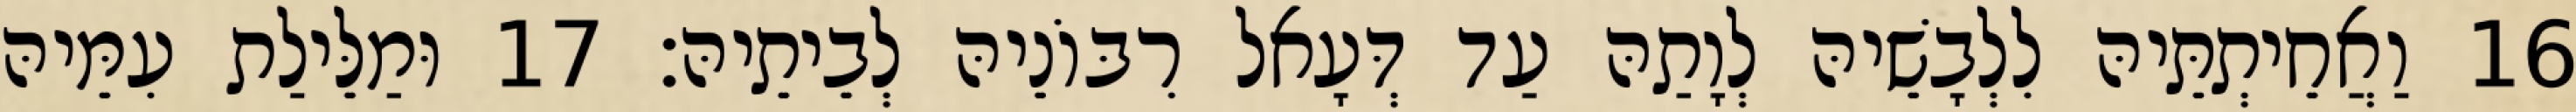
16 וַאֲחֵיתְתֵּיהּ לִלְבָשֵׁיהּ לְוָתַהּ עַד דְּעָאל רִבּוֹנֵיהּ לְבֵיתֵיהּ׃ 17 וּמַלֵּילַת עִמֵּיהּ